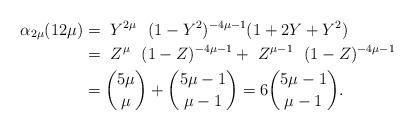
LaTeX: \begin{align*}\alpha _{2\mu}(12\mu) & = \ Y^{2\mu} \ \ (1-Y^2)^{-4\mu-1} (1+2Y+Y^2) \\&= \ Z^{\mu} \ \ (1-Z)^{-4\mu-1} + \ Z^{\mu-1} \ \ (1-Z)^{-4\mu-1} \\ &={{5\mu}\choose{\mu}} + {{5\mu-1}\choose{\mu-1}} = 6{{5\mu-1}\choose{\mu-1}}.\end{align*}